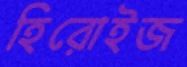
হিরোইজ